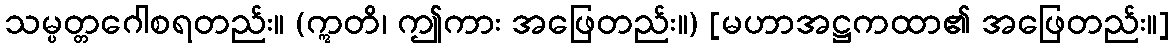
သမ္ပတ္တဂေါစရတည်း။ (ဣတိ၊ ဤကား အဖြေတည်း။) [မဟာအဋ္ဌကထာ၏ အဖြေတည်း။]